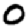
Digit: 0